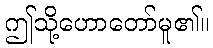
ဤသို့ဟောတော်မူ၏။